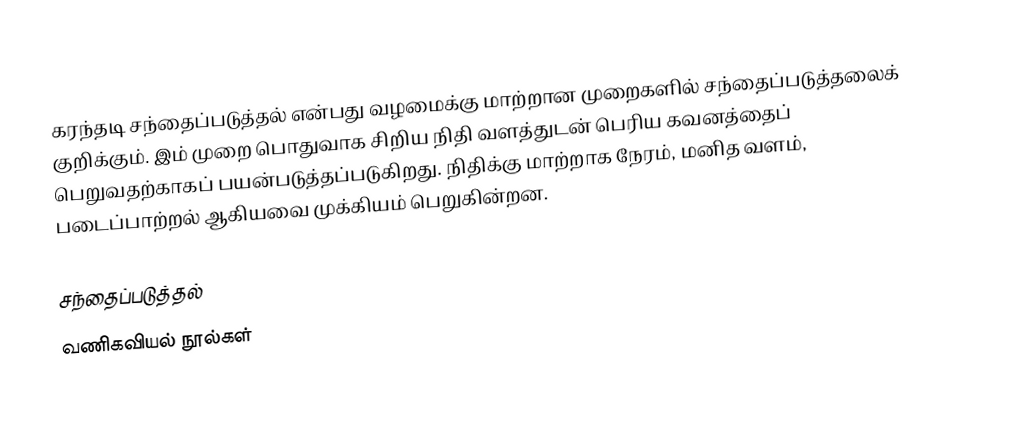
கரந்தடி சந்தைப்படுத்தல் என்பது வழமைக்கு மாற்றான முறைகளில் சந்தைப்படுத்தலைக் குறிக்கும். இம் முறை பொதுவாக சிறிய நிதி வளத்துடன் பெரிய கவனத்தைப் பெறுவதற்காகப் பயன்படுத்தப்படுகிறது. நிதிக்கு மாற்றாக நேரம், மனித வளம், படைப்பாற்றல் ஆகியவை முக்கியம் பெறுகின்றன.

சந்தைப்படுத்தல்
வணிகவியல் நூல்கள்